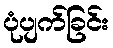
ပုံပျက်ခြင်း